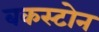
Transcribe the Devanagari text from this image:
बकस्टोन